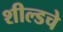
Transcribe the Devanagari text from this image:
शील्डचे